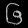
Digit: ၆